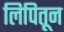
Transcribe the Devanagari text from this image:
लिपितून